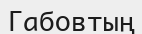
Габовтың